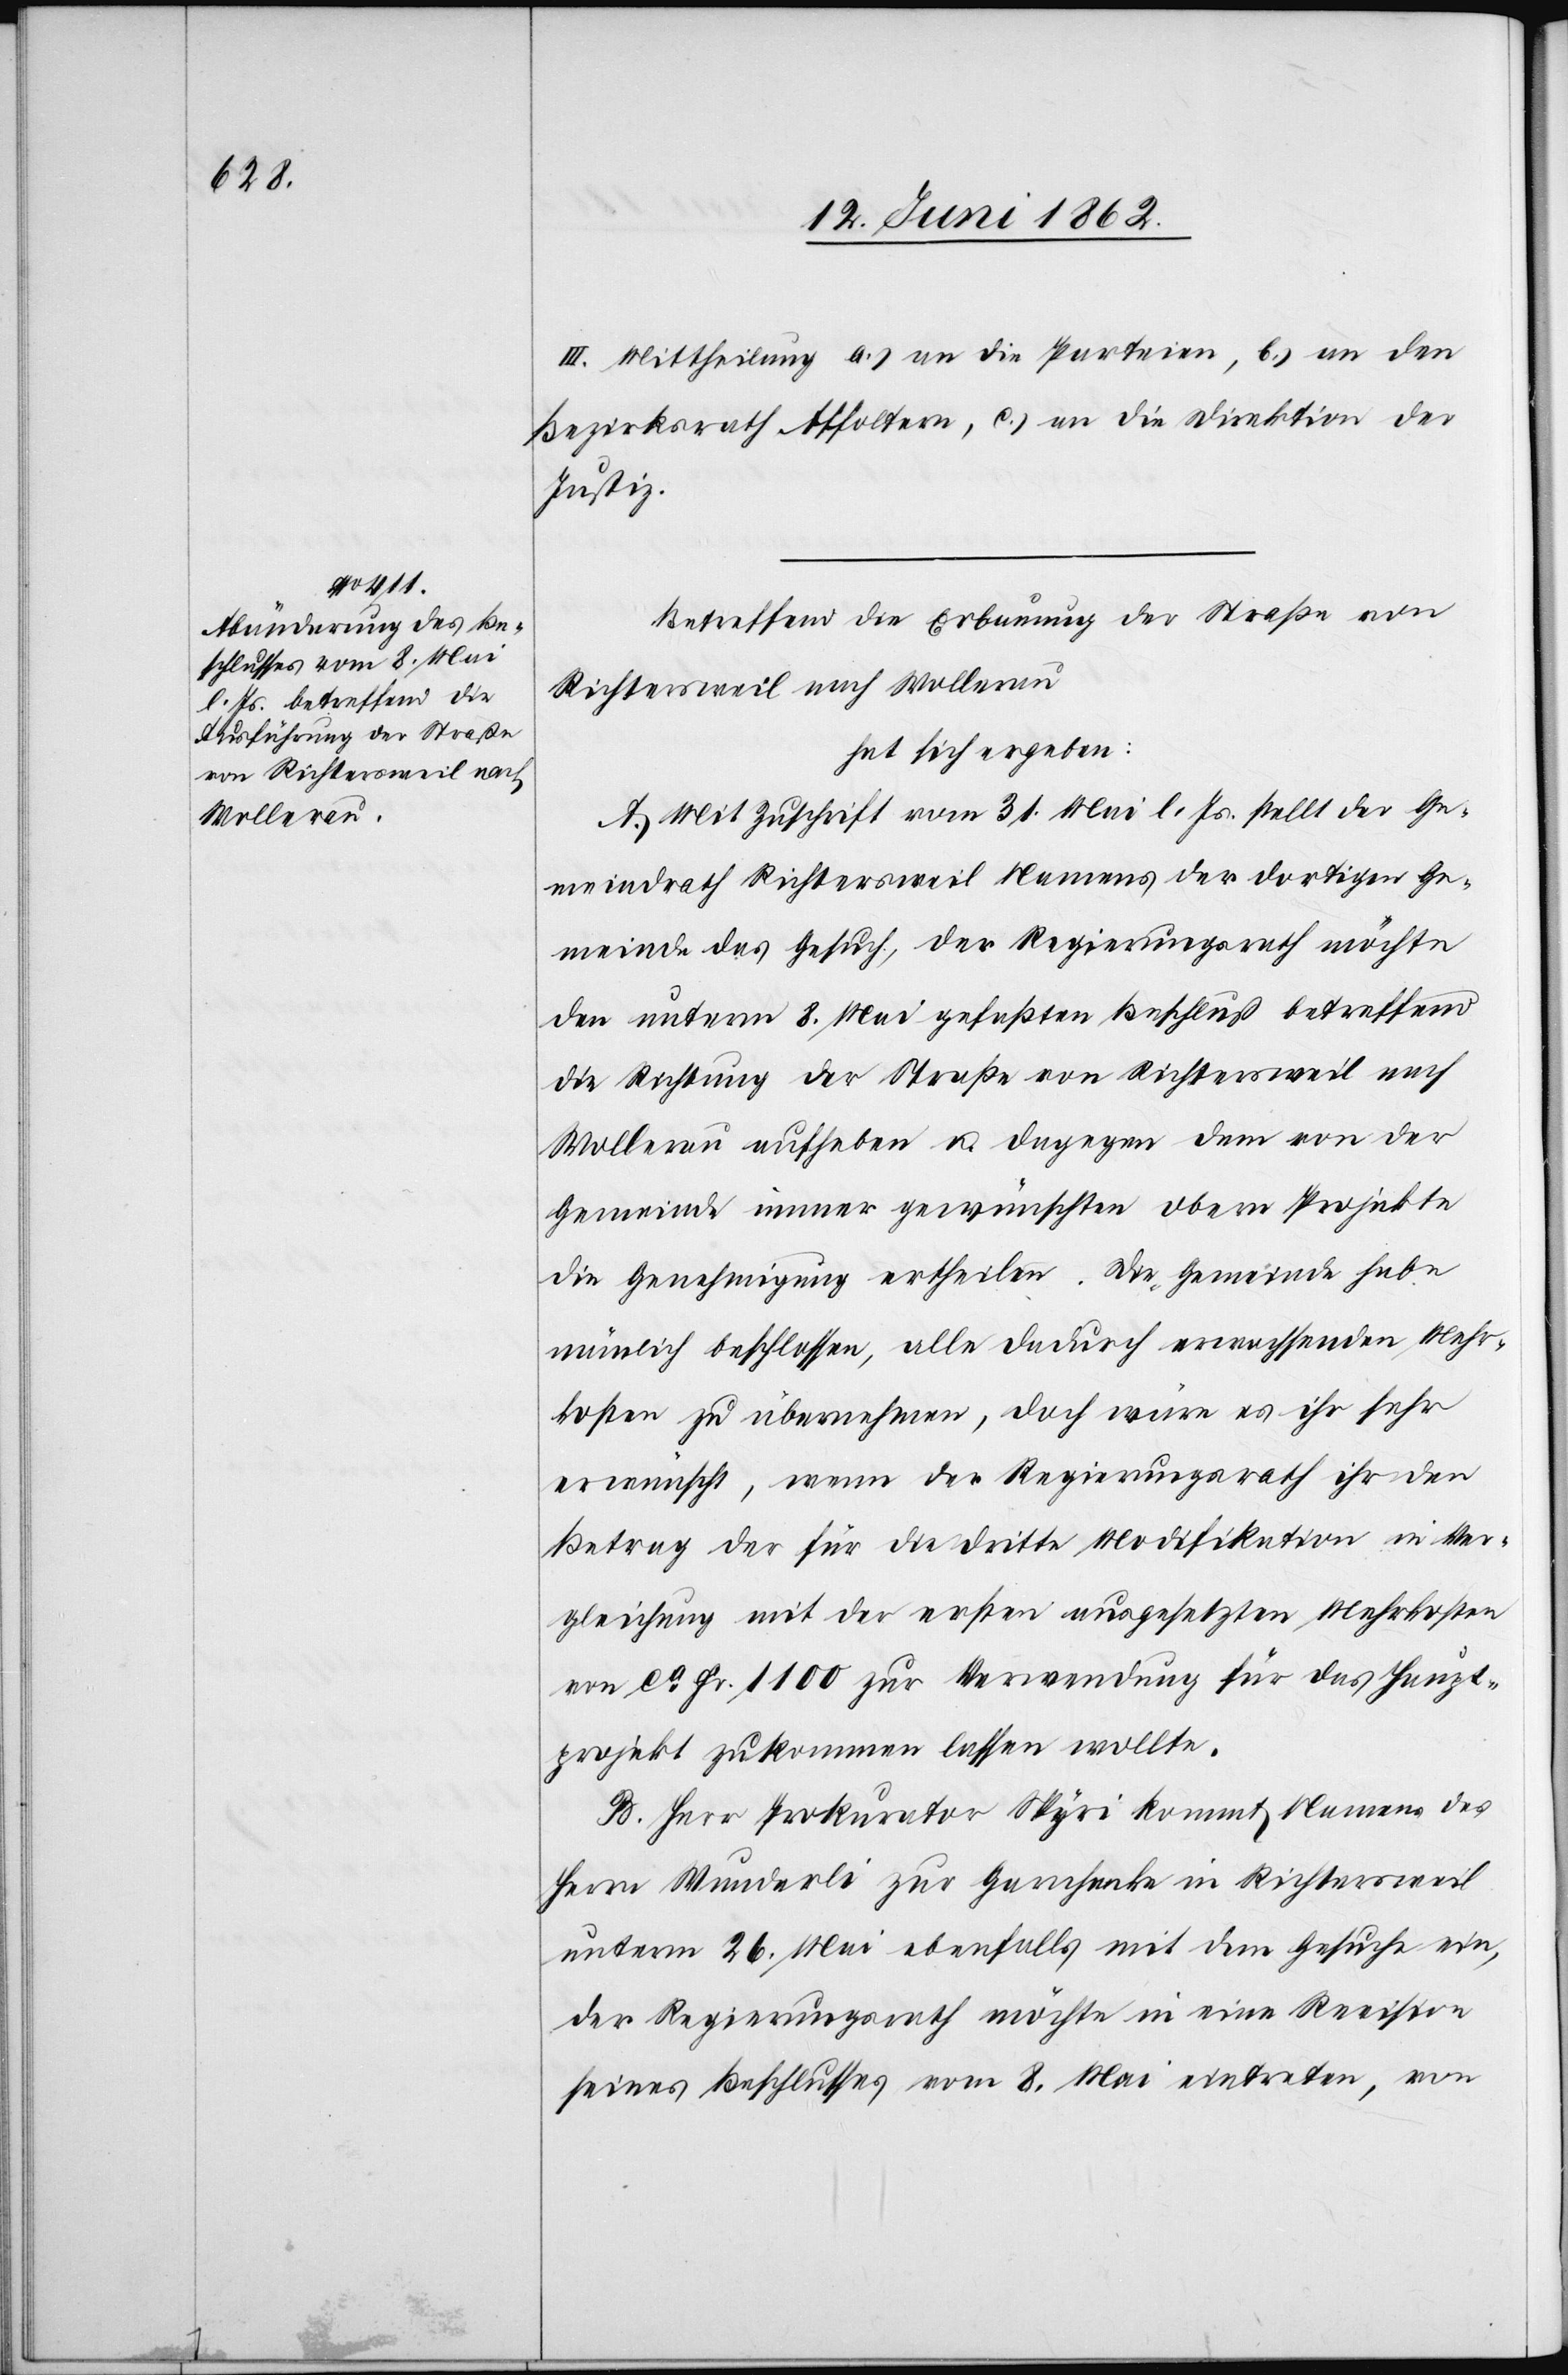
III. Mittheilung a) an die Parteien, b ) an den
Bezirksrath Affoltern, c) an die Direktion der
Justiz.
Betreffend die Erbauung der Straße von
Richtersweil nach Wollerau
hat sich ergeben:
A. Mit Zuschrift vom 31. Mai l. Js. stellt der Ge¬
meindrath Richtersweil Namens der dortigen Ge¬
meinde das Gesuch, der Regierungsrath möchte
den unterm 8. Mai gefaßten Beschluß betreffend
die Richtung der Straße von Richtersweil nach
Wollerau aufheben u. dagegen dem von der
Gemeinde immer gewünschten obern Projekte
die Genehmigung ertheilen. Die Gemeinde habe
nämlich beschlossen, alle dadurch erwachsenden Mehr¬
kosten zu übernehmen, doch wäre es ihr sehr
erwünscht, wenn der Regierungsrath ihr den
Betrag der für die dritte Modifikation in Ver¬
gleichung mit der ersten ausgesetzten Mehrkosten
von ca Fr. 1100 zur Verwendung für das Haupt¬
projekt zukommen lassen wollte.
B. Herr Prokurator Spyri kommt Namens des
Herrn Wunderli zur Garnhecke in Richtersweil
unterm 26. Mai ebenfalls mit dem Gesuche ein,
der Regierungsrath möchte in eine Revision
seines Beschlusses vom 8. Mai eintreten, von